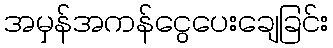
အမှန်အကန်ငွေပေးချေခြင်း